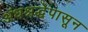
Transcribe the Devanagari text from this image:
अंधश्रद्धेपासून